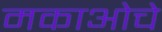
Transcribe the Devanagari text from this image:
मकाओचे